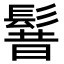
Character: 𩭡